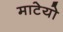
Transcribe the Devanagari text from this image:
माटेयो